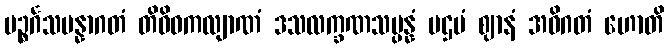
ပဉ္စင်္ဂသမန္နာဂတံ တိဝိဓကလျာဏံ ဒသလက္ခဏသမ္ပန္နံ ပဌမံ ဈာနံ အဓိဂတံ ဟောတိ